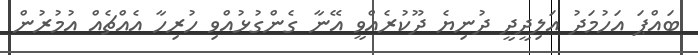
ބައްޕަ އަހުމަދު އަލިދީދީ ދުނިޔެ ދޫކުރެއްވީ އޭނާ ގެންގުޅުއްވި ހުރިހާ އެއްޗެއް އުމުރުން